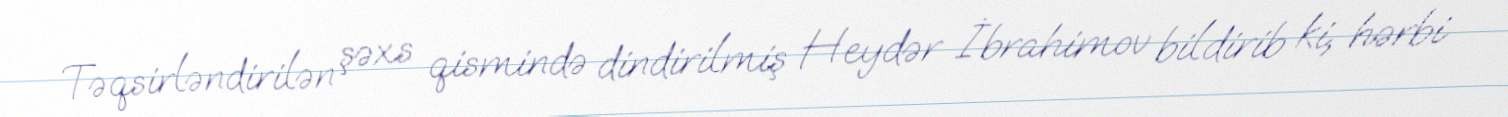
Təqsirləndirilən şəxs qismində dindirilmiş Heydər İbrahimov bildirib ki, hərbi